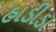
હાડીડા